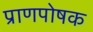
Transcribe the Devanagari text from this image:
प्राणपोषक